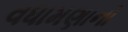
વધામણાનો